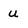
Character: u